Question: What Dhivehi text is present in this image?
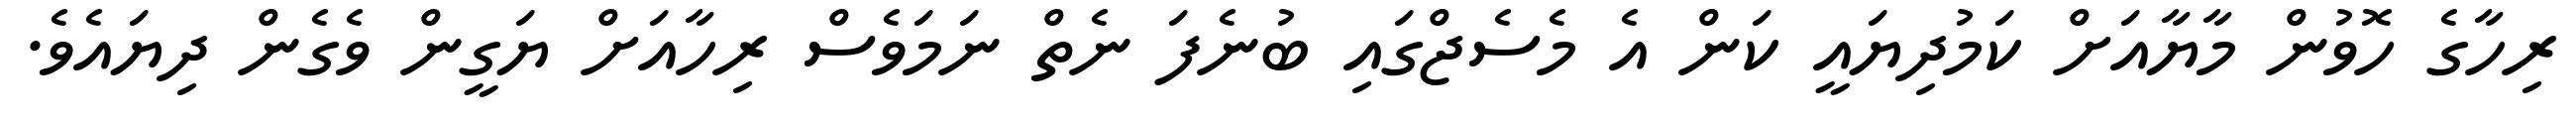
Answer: ރިހާގެ ހޮވުން މާޔާއަށް ކަމުދިޔައީ ކަން އެ މެސެޖްގައި ބުނެފަ ނެތް ނަމަވެސް ރިހާއަށް ޔަގީން ވެގެން ދިޔައެވެ.